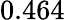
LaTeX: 0.464